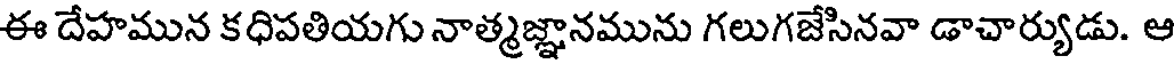
ఈ దేహమున కధిపతియగు నాత్మజ్ఞానమును గలుగజేసినవా డాచార్యుడు. ఆ